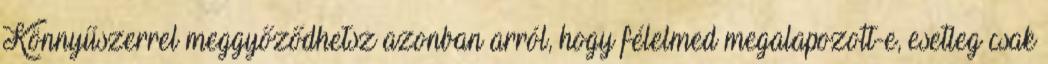
Könnyűszerrel meggyőződhetsz azonban arról, hogy félelmed megalapozott-e, esetleg csak